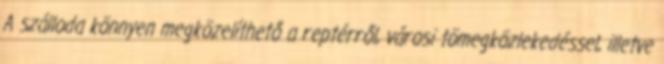
A szálloda könnyen megközelíthető a reptérről, városi tömegközlekedéssel, illetve